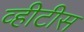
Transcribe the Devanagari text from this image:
व्हीटीस